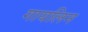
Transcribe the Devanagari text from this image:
गायलिन